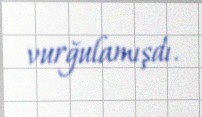
vurğulamışdı.